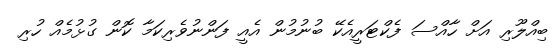
ބިއްލޫރި އަށް ހާއްސަ ފެކްޓަރީއެކޭ ބުނުމުން އެއީ ފަންނުވެރިކަމާ ކޮން ގުޅުމެއް ހުރި